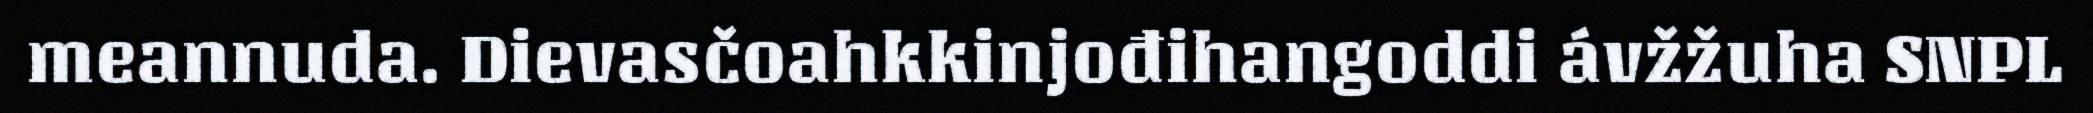
meannuda. Dievasčoahkkinjođihangoddi ávžžuha SNPL